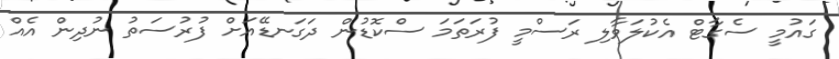
ގައުމީ ސެގާޓް އެކުލަވާލި ރަސްމީ ފުރަތަމަ ސްކޮޑުން ދަގަނޑޭއަށް ފުރުސަތު ނުދިން އެއް